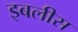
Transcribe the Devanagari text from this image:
इबलीस